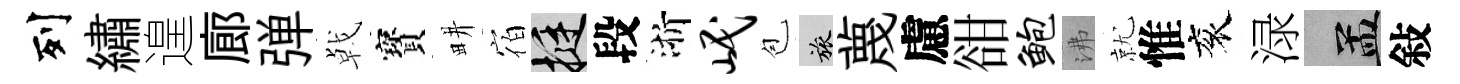
列繡遑廊弹㦸寳畊宿挺段浙岷苞旅蔑慮𧮳鲍沸就惟衮渌汴敍